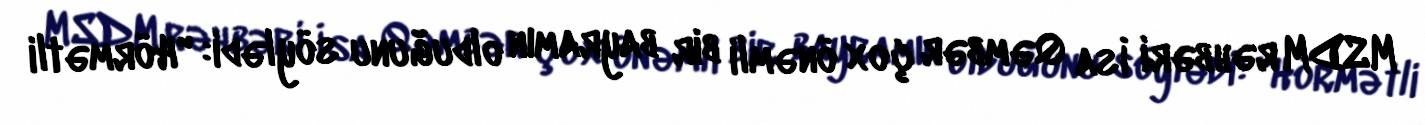
MSDM rəhbəri İsa Qəmbər çox önəmli bir bayramın olduğunu söylədi: "Hörmətli